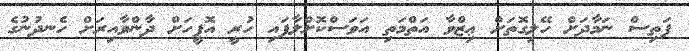
ފަތިސް ނަމާދަށް ހޭލިގޮތަށް ޢިޒްވާ އަތްމަތި އަވަސްކޮށްލާފައި ހުރީ އޮފީހަށް ދާންވާއިރަށް ހެނދުނުގެ